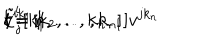
l = 1 \hspace { 1 c m } v ^ { i k _ { 1 } } [ k _ { 2 } , . . . , k _ { n } ] \hspace { 2 c m } l = n \hspace { 1 c m } \tilde { \zeta } _ { j } ^ { i } [ k _ { 1 } , . . . , k _ { n - 1 } ] v ^ { j k _ { n } }